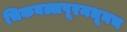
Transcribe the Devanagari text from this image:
चिकबल्लपूरमधूनच